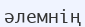
әлемнің